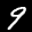
Label: 9